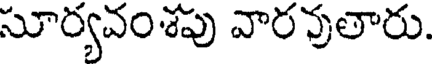
సూర్యవంశపు వారవుతారు.